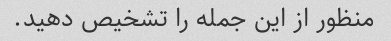
منظور از این جمله را تشخیص دهید.